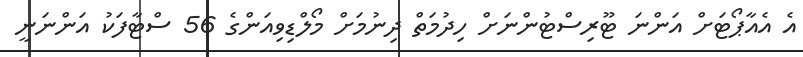
އެ އެއާޕޯޓަށް އަންނަ ޓޫރިސްޓުންނަށް ހިދުމަތް ދިނުމަށް މޯލްޑިވިއަންގެ 56 ސްޓާފަކު އަންނަނީ